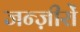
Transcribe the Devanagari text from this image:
जन्ज़ीरों